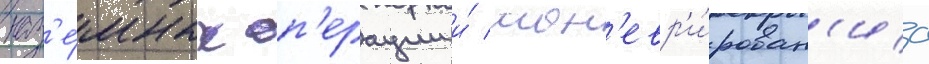
наз'е́мных оп'ерации и́ ман'евр'и́рован'иа